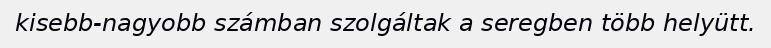
kisebb-nagyobb számban szolgáltak a seregben több helyütt.